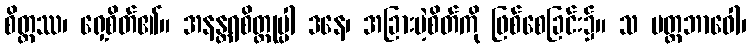
စိတ္တဿ၊ ရှေ့စိတ်၏။ အနန္တရစိတ္တုပ္ပါ ဒနေ၊ အခြားမဲ့စိတ်ကို ဖြစ်စေခြင်း၌။ သ မတ္ထဘာဝေါ၊